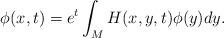
LaTeX: \begin{align*}\phi(x, t) = e^t\int_MH(x, y, t)\phi(y)dy.\end{align*}